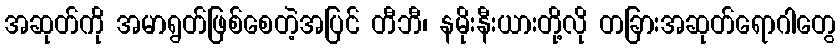
အဆုတ်ကို အမာရွတ်ဖြစ်စေတဲ့အပြင် တီဘီ၊ နမိုးနီးယားတို့လို တခြားအဆုတ်ရောဂါတွေ